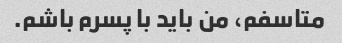
متاسفم، من باید با پسرم باشم.